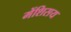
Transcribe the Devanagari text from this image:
मेंशिसय